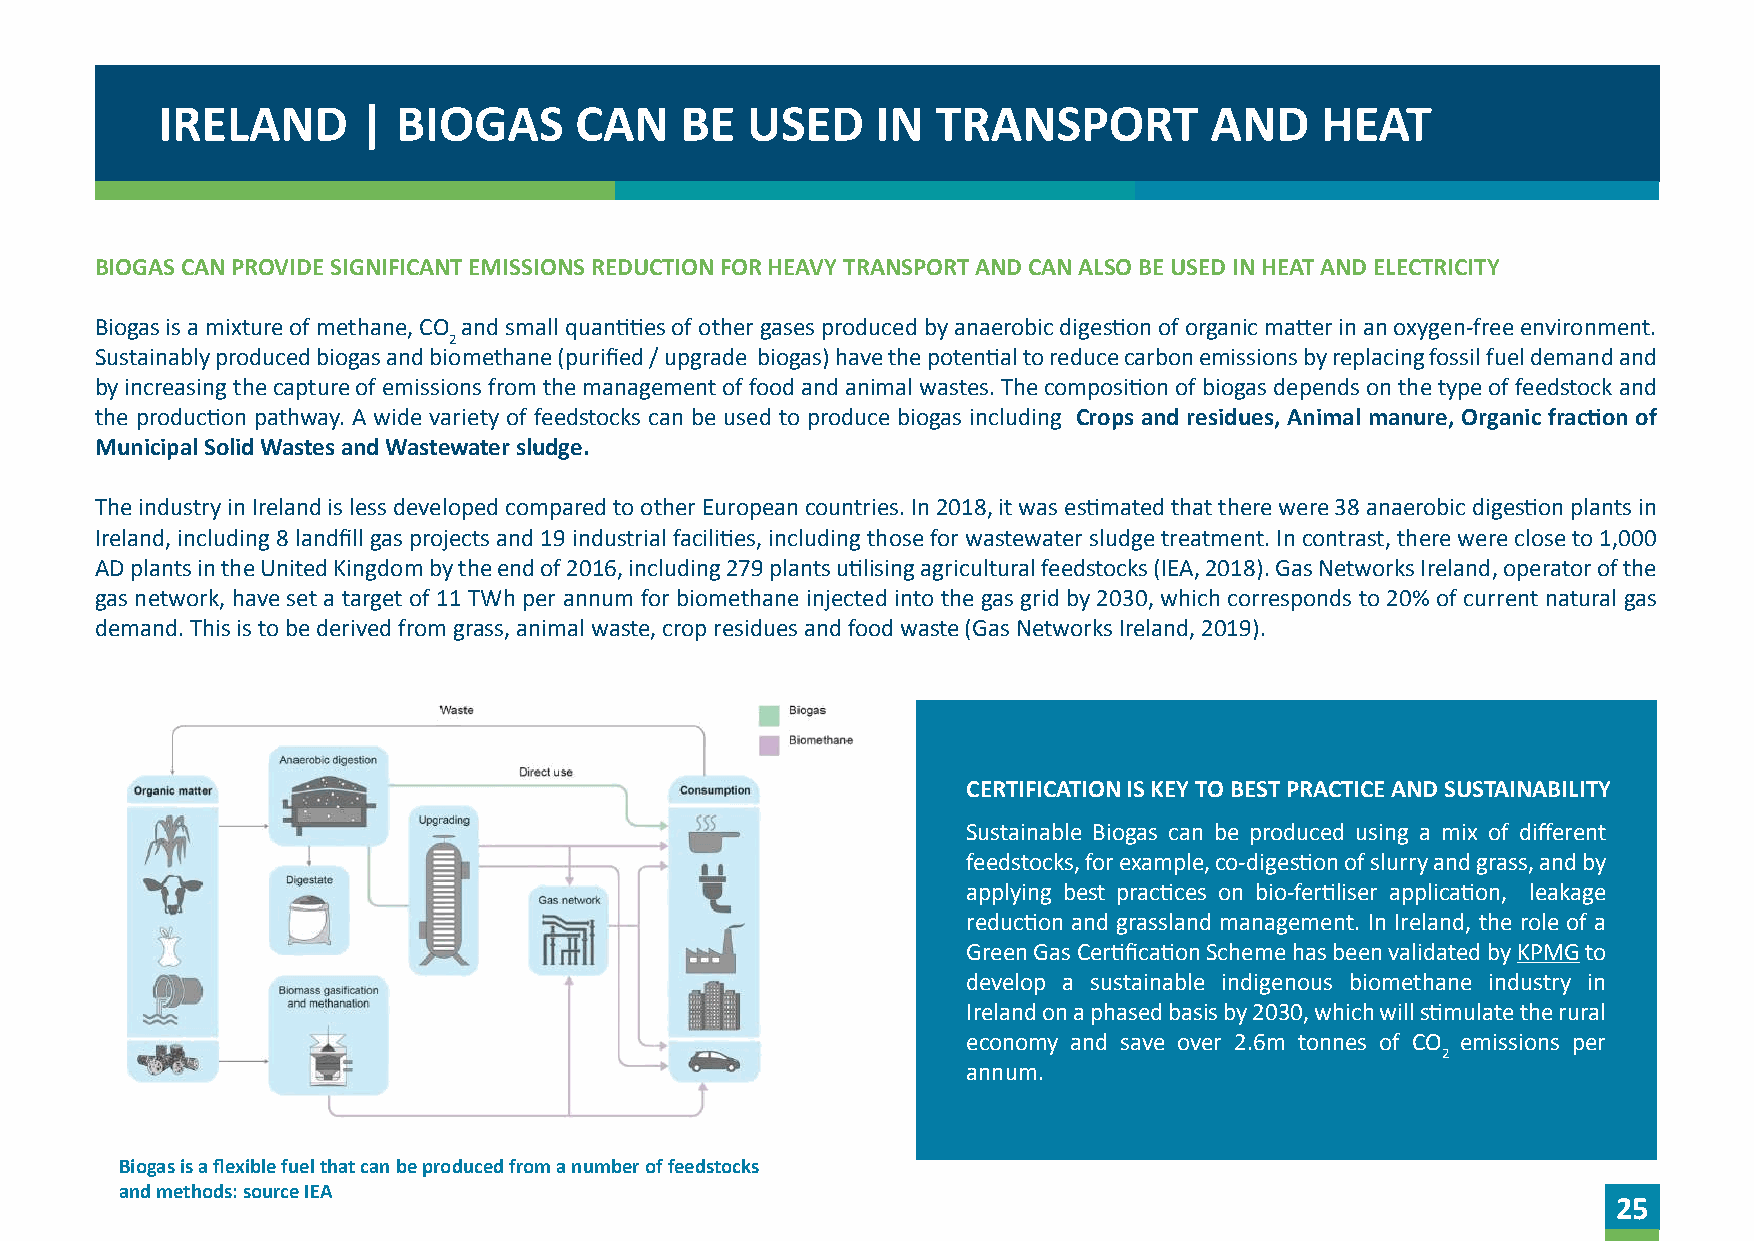
IRELAND       | BIOGAS      CAN    BE  USED     IN  TRANSPORT         AND    HEAT
 BIOGAS CAN PROVIDE SIGNIFICANT EMISSIONS REDUCTION FOR HEAVY TRANSPORT AND CAN ALSO BE USED IN HEAT AND ELECTRICITY
 Biogas is a mixture of methane, CO and small quantities of other gases produced by anaerobic digestion of organic matter in an oxygen-free environment.
 2
 Sustainably produced biogas and biomethane (purified / upgrade biogas) have the potential to reduce carbon emissions by replacing fossil fuel demand and
 by increasing the capture of emissions from the management of food and animal wastes. The composition of biogas depends on the type of feedstock and
 the production pathway. A wide variety of feedstocks can be used to produce biogas including Crops and residues, Animal manure, Organic fraction of
 Municipal Solid Wastes and Wastewater sludge.
 The industry in Ireland is less developed compared to other European countries. In 2018, it was estimated that there were 38 anaerobic digestion plants in
 Ireland, including 8 landfill gas projects and 19 industrial facilities, including those for wastewater sludge treatment. In contrast, there were close to 1,000
 AD plants in the United Kingdom by the end of 2016, including 279 plants utilising agricultural feedstocks (IEA, 2018). Gas Networks Ireland, operator of the
 gas network, have set a target of 11 TWh per annum for biomethane injected into the gas grid by 2030, which corresponds to 20% of current natural gas
 demand. This is to be derived from grass, animal waste, crop residues and food waste (Gas Networks Ireland, 2019).
 CERTIFICATION IS KEY TO BEST PRACTICE AND SUSTAINABILITY
 Sustainable Biogas can be produced using a mix of different
 feedstocks, for example, co-digestion of slurry and grass, and by
 applying best practices on bio-fertiliser application, leakage
 reduction and grassland management. In Ireland, the role of a
 Green Gas Certification Scheme has been validated by KPMG to
 develop a sustainable indigenous biomethane industry in
 Ireland on a phased basis by 2030, which will stimulate the rural
 economy and save over 2.6m tonnes of CO emissions per
 2
 annum.
 Biogas is a flexible fuel that can be produced from a number of feedstocks
 and methods: source IEA
 25